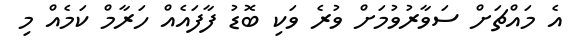
އެ މައްޗަށް ސަވާރުވުމަށް ވުރެ ވަކި ބޮޑު ފާފައެއް ހަރާމް ކަމެއް މި